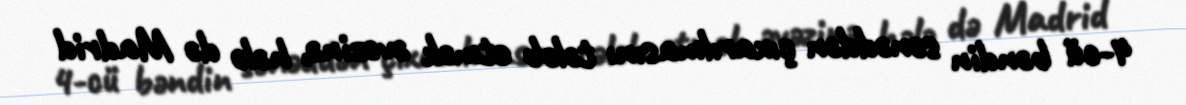
4-cü bəndin sənəddən çıxarılmasını tələb etmək əvəzinə, hələ də Madrid